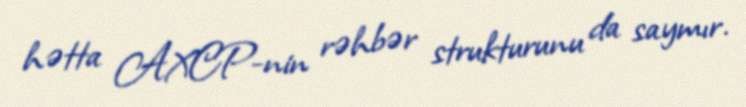
hətta AXCP-nin rəhbər strukturunu da saymır.